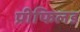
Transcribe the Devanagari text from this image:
प्रीफिलड